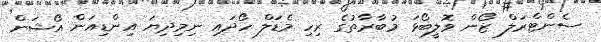
ސެންޓްރަލް ޒޯން ވޮލީބޯޅަ މުބާރާތުގެ ރިހި މެޑަލް ހޯދައި ނިމިދިޔަ އިންޑިއަން އޯޝަން